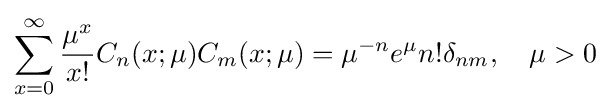
\sum _{x=0}^{\infty }{\frac {\mu ^{x}}{x!}}C_{n}(x;\mu )C_{m}(x;\mu )=\mu ^{-n}e^{\mu }n!\delta _{nm},\quad \mu >0